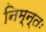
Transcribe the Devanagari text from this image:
निम्न्तः